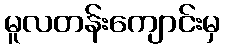
မူလတန်းကျောင်းမှ